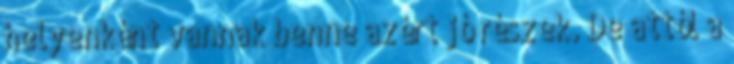
helyenként vannak benne azért jó részek. De attól a